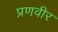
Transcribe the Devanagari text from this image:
प्रणवीर